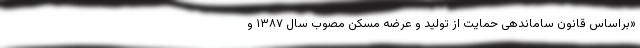
«براساس قانون ساماندهی حمایت از تولید و عرضه مسکن مصوب سال ۱۳۸۷ و